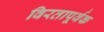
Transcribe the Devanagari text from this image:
विरतापूर्वक